Report on sanitation, dispensaries, and jails in Rajputana for 1917, and on vaccination for the year 1917-1918 - 1917-1918
Year: 1917
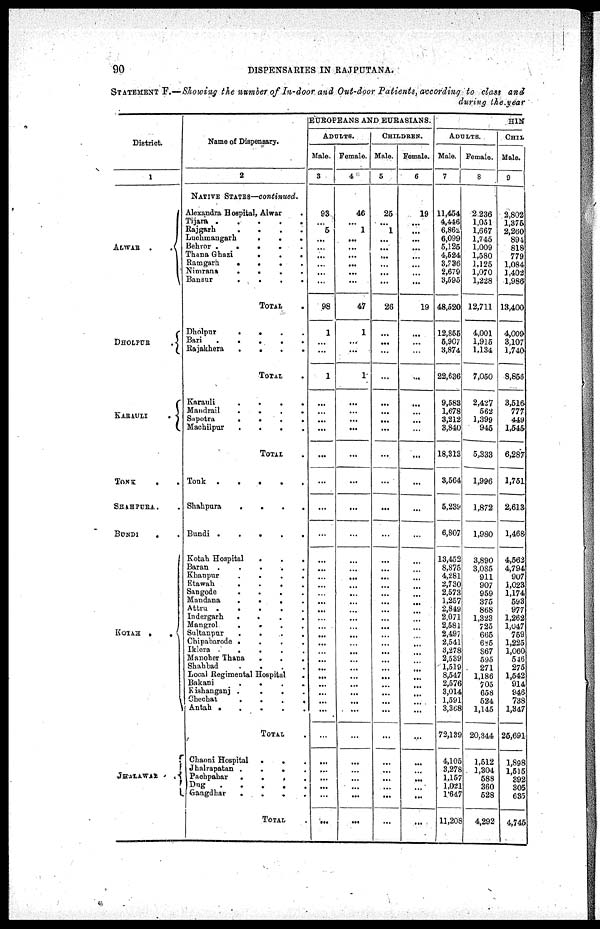
90
DISPENSARIES IN RAJPUTANA.
STATEMENT F.—Showing the number of In-door and Out-door Patients, according to class and
during the year
District.
1
ALWAR
..
DHOLPUR .
KARAULI
.
TONK
..
SHAHPURA..
BUNDI
..
KOTAH
..
JHALAWAR . .
Name of Dispensary.
2
NATIVE STATES—continued.
Alexandra Hospital, Alwar .
Tijara
.....
Rajgarh
....
Luchmangarh
...
Behror
.....
Thana Ghazi
...
Ramgarh
....
Nimrana
....
Bansur
....
TOTAL .
Dholpur
....
Bari
.....
Rajakhera
....
TOTAL .
Karauli
....
Mandrail
....
Sapotra
....
Machilpur
....
TOTAL .
Tonk
.....
Shahpura
....
Bundi
.....
Kotah Hospital ..
Baran
.....
Khanpur
....
Etawah
....
Sangode
...
Mandana
....
Attru
.....
Indergarh
....
Mangrol
....
Sultaupur
....
Chipabarode ....
Iklera ....
Manoher Thana
...
Shahbad ....
Local Regimental Hospital .
Bakani ....
Kishanganj ....
Chechat ....
Antah .....
TOTAL .
Chaoni Hospital
...
Jhalrapatan
...
Pachpahar ....
Dug
....
Gangdhar
....
TOTAL .
EUROPEANS AND EURASIANS.
ADULTS.
Male.
3
93
...
5
...
...
...
...
...
...
98
1
...
...
1
...
...
...
...
...
...
...
...
...
...
...
...
...
...
...
...
...
...
...
...
...
...
...
...
...
...
...
...
...
...
...
...
...
...
Female.
4
46
...
1
...
...
...
...
...
...
47
1
...
...
1
...
...
...
...
...
...
...
...
...
...
...
...
...
...
...
...
...
...
...
...
...
...
...
...
...
...
...
...
...
...
...
...
...
...
CHILDREN.
Male.
5
25
...
1
...
...
...
...
...
...
26
...
...
...
...
...
...
...
...
...
...
...
...
...
...
...
...
...
...
...
...
...
...
...
...
...
...
...
...
...
...
...
...
...
...
...
...
...
...
Female.
6
19
...
...
...
...
...
...
...
...
19
...
...
...
...
...
...
...
...
...
...
...
...
...
...
...
...
...
...
...
...
...
...
...
...
...
...
...
...
...
...
...
...
...
...
...
...
...
...
HIN
ADULTS.
Male.
7
11,454
4,446
6,862
6,099
5,125
4,524
8,736
2,679
3,595
48,520
12,855
5,907
3,874
22,636
9,588
1,678
3,212
3,840
18,313
3,564
5,239
6,807
13,452
8,875
4,281
2,730
2,573
1,257
2,849
2,071
2,581
2,497
2,541
3,278
2,539
1,519
8,547
2,576
3,014
1,591
3,368
72,139
4,105
3,278
1,157
1,021
1,647
11,208
Female.
8
2 236
1,051
1,667
1,745
1,009
1,580
1,125
1,070
1,228
12,711
4,001
1,915
1,134
7,050
2,427
562
1,399
945
5,333
1,996
1,872
1,980
3,890
3,085
911
907
959
375
868
1,323
725
665
685
867
595
271
1,186
705
658
524
1,145
20,344
1,512
1,304
588
360
528
4,292
CHIL
Male.
9
2,802
1,375
2,260
894
818
779
1,084
1,402
1,986
13,400
4,009
3,107
1,740
8,856
3,516
777
449
1,545
6,287
1,751
2,613
1,468
4,562
4,794
907
1,023
1,174
593
977
1,262
1,047
759
1,225
1,060
546
275
1,542
914
946
738
1,347
26,691
1,898
1,515
392
305
635
4,745